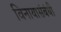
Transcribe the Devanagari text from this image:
विनायासंबंधी